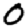
Digit: 0